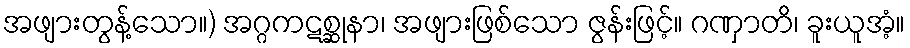
အဖျားတွန့်သော။) အဂ္ဂကဋစ္ဆုနာ၊ အဖျားဖြစ်သော ဇွန်းဖြင့်။ ဂဏှာတိ၊ ခူးယူအံ့။